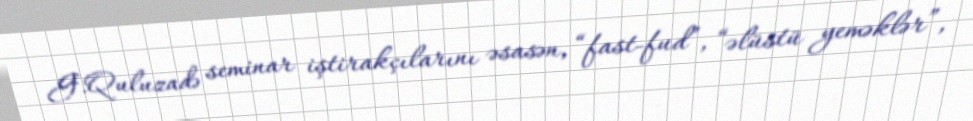
G.Quluzadə seminar iştirakçılarını əsasən, “fast-fud”, “əlüstü yeməklər”,